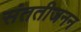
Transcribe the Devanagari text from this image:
संततीजनन